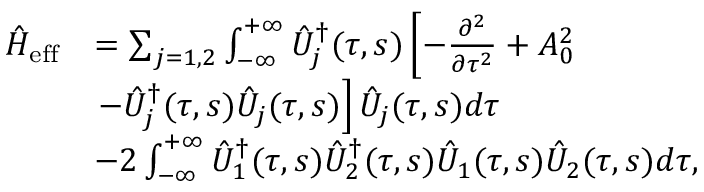
\begin{array} { r l } { \hat { H } _ { \mathrm { e f f } } } & { = \sum _ { j = 1 , 2 } \int _ { - \infty } ^ { + \infty } \hat { { \cal U } } _ { j } ^ { \dagger } ( \tau , s ) \left[ - \frac { \partial ^ { 2 } } { \partial \tau ^ { 2 } } + A _ { 0 } ^ { 2 } \right. } \\ & { \left. - \hat { { \cal U } } _ { j } ^ { \dag } ( \tau , s ) \hat { { \cal U } } _ { j } ( \tau , s ) \right] \hat { { \cal U } } _ { j } ( \tau , s ) d \tau } \\ & { - 2 \int _ { - \infty } ^ { + \infty } \hat { { \cal U } } _ { 1 } ^ { \dag } ( \tau , s ) \hat { { \cal U } } _ { 2 } ^ { \dag } ( \tau , s ) \hat { { \cal U } } _ { 1 } ( \tau , s ) \hat { { \cal U } } _ { 2 } ( \tau , s ) d \tau , } \end{array}